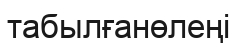
табылғанөлеңі